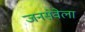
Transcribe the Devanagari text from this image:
जनसेवेला